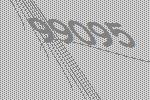
99095